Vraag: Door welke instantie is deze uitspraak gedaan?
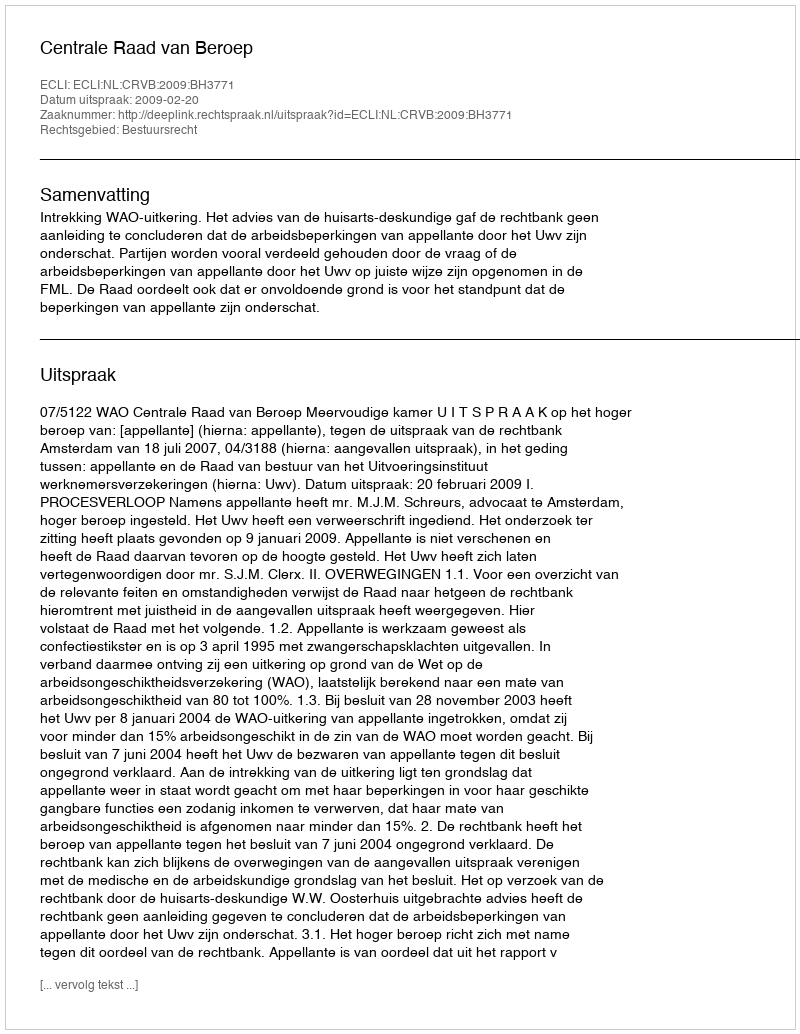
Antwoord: Centrale Raad van Beroep